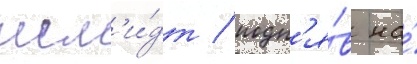
шм'и́дт / подн'я́в на́